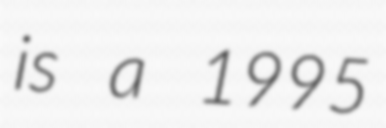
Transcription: is a 1995